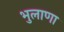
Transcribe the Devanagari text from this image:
भुलाणा